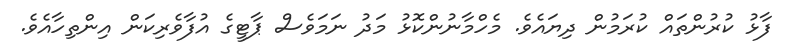
ފާޅު ކުރުންތައް ކުރަމުން ދިޔައެވެ. މެހްމާނުންކޮޅު މަދު ނަމަވެސް ޕާޓީގެ އުފާވެރިކަން އިންތިހާއެވެ.